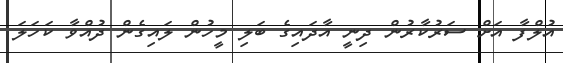
އުލްފާ އަށް ސަރުކާރުން ދިނީ އާދައިގެ ބަލި މީހުން ލައިގެން ދުއްވާ ކަހަލަ